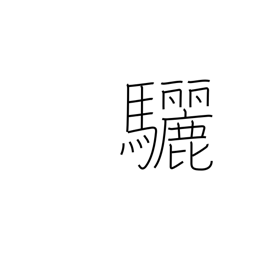
Meaning: black horse